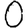
Digit: 0